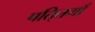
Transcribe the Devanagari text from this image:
पति्तयाँ